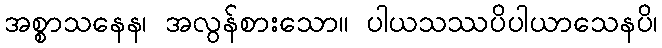
အစ္စာသနေန၊ အလွန်စားသော။ ပါယသဿပိပါယာသေနပိ၊